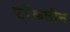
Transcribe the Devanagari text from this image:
फ्रैंकलीन